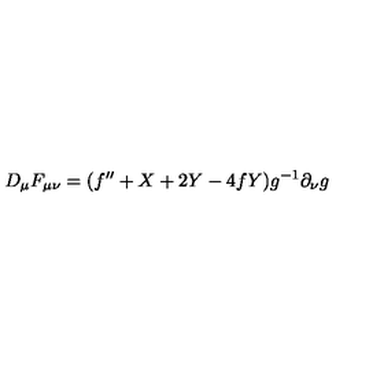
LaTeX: D _ { \mu } F _ { \mu \nu } = ( f ^ { \prime \prime } + X + 2 Y - 4 f Y ) g ^ { - 1 } \partial _ { \nu } g